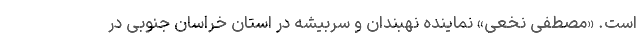
است. «مصطفی نخعی» نماینده نهبندان و سربیشه در استان خراسان جنوبی در